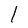
Character: l